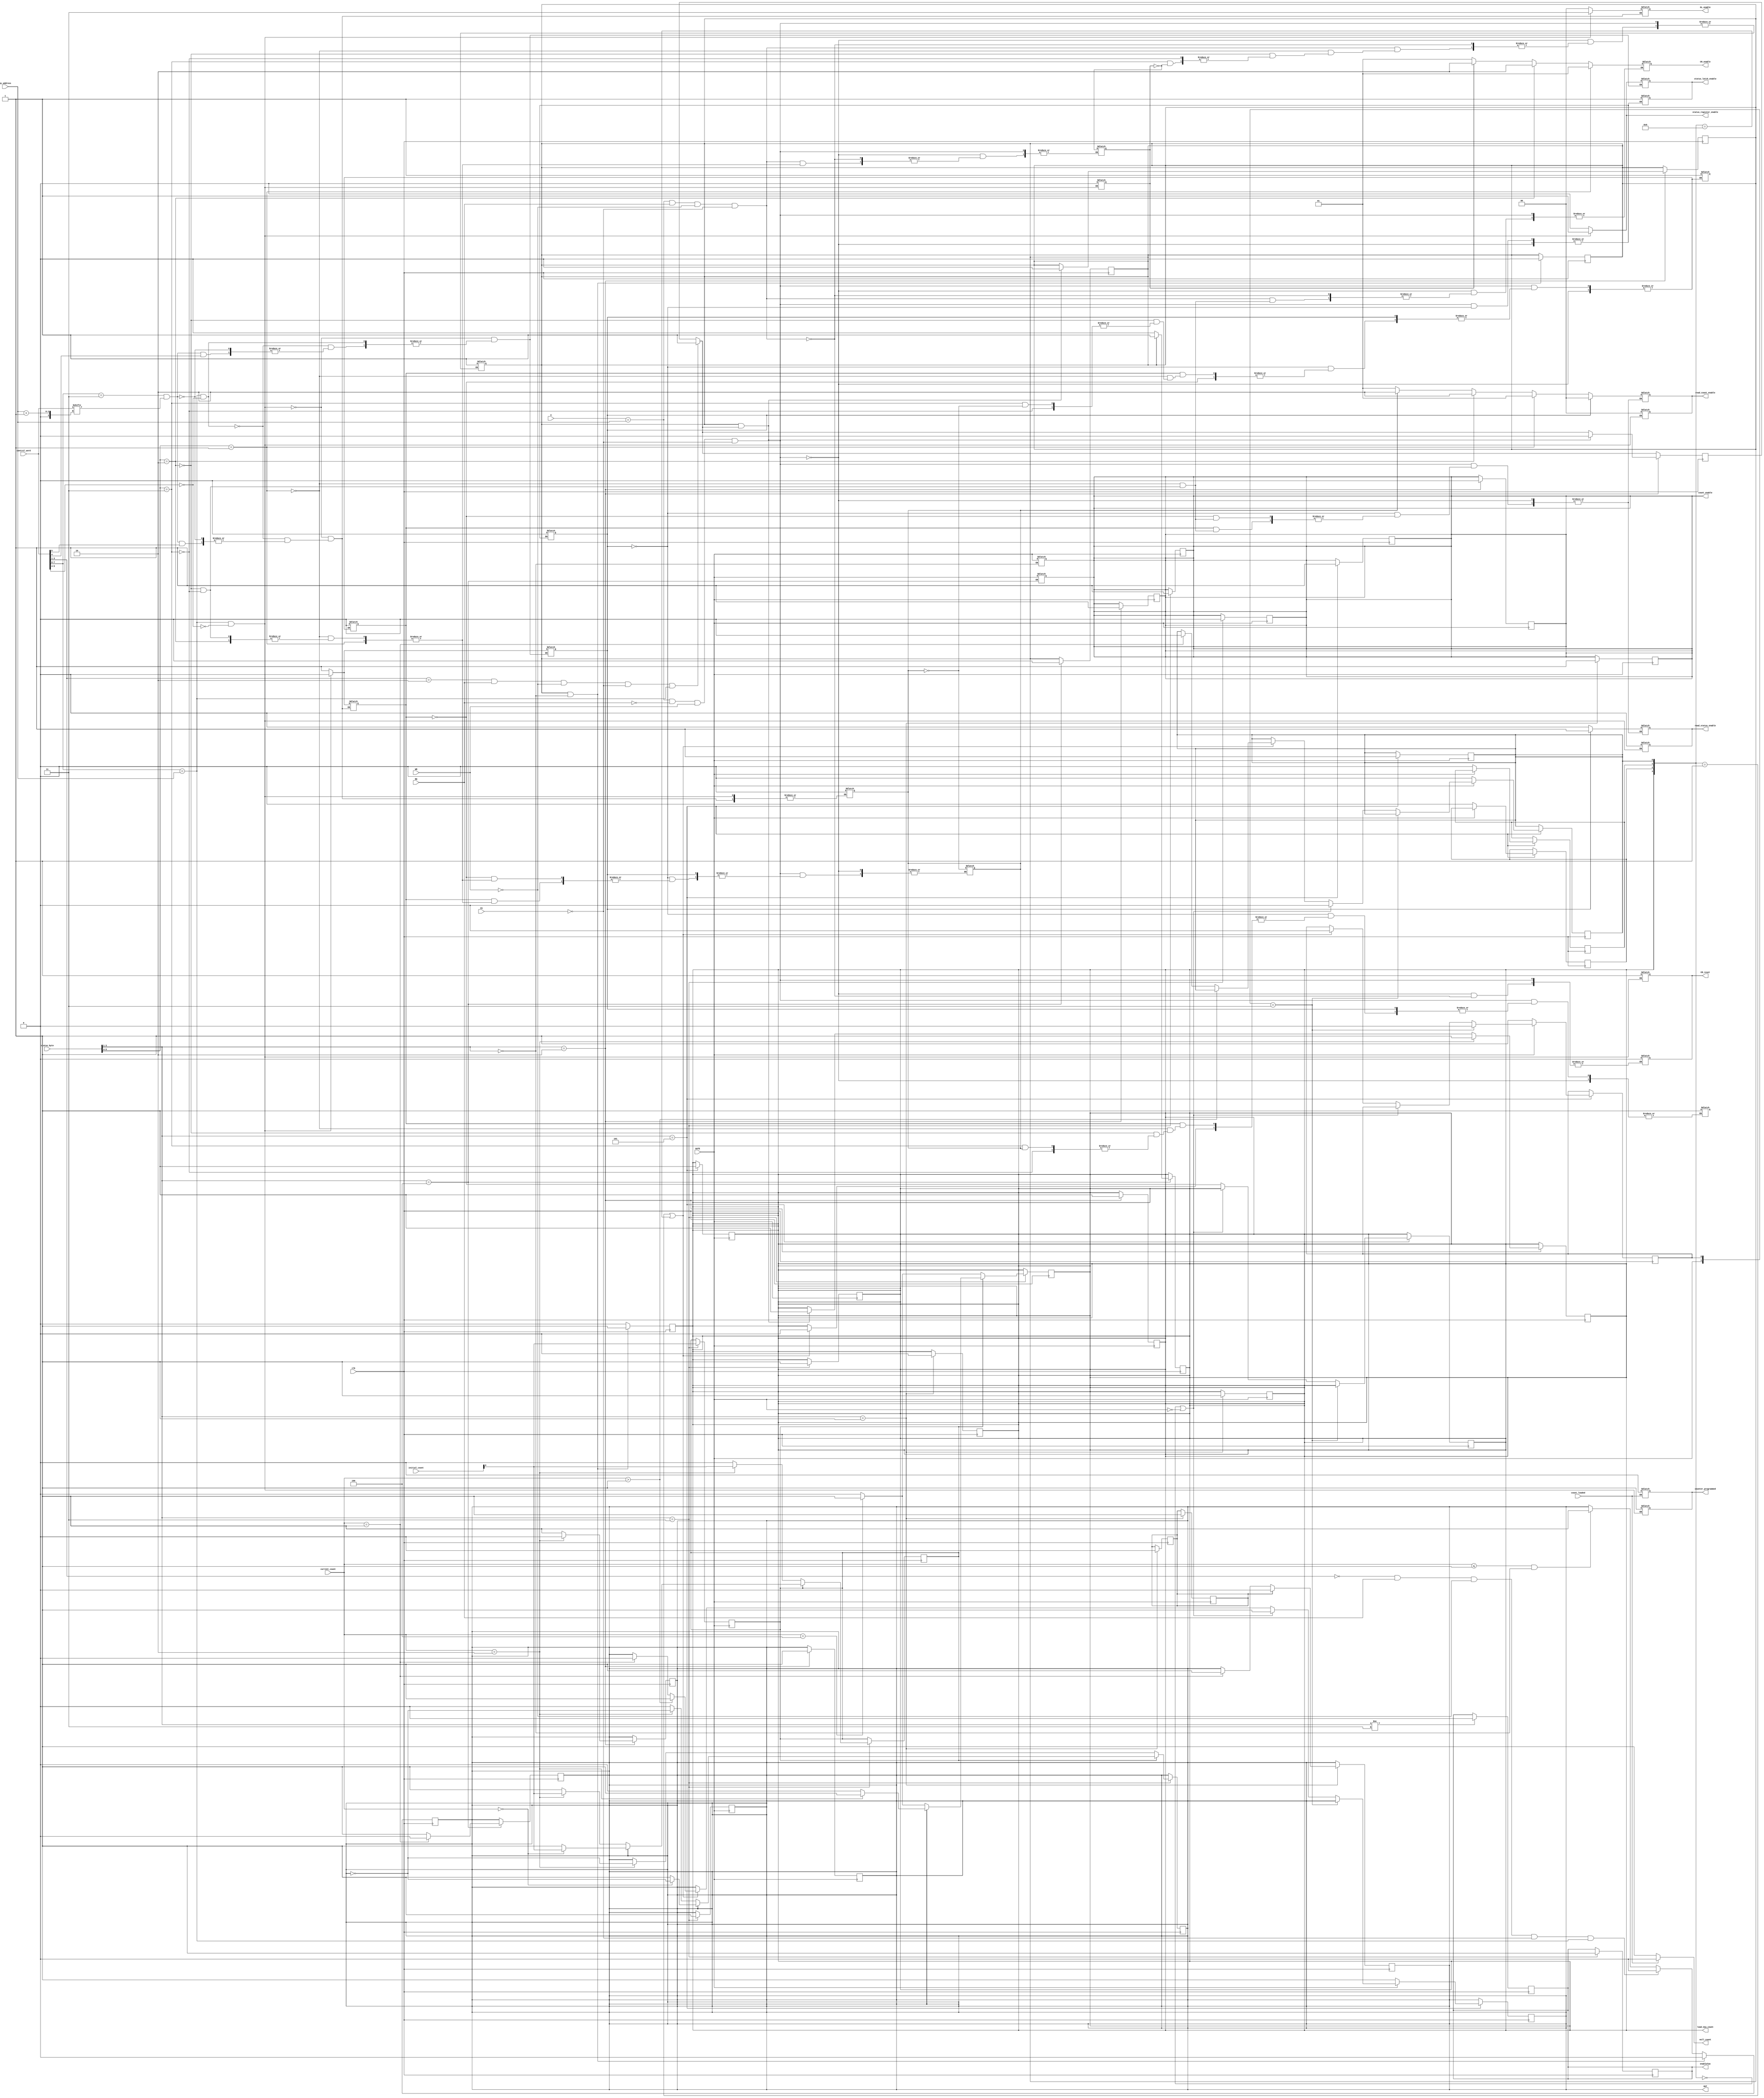
module ControlLogic(control_word,status_byte,clk,GATE,OUT,null_count,load_new_count,count_loaded,counter_programmed,
  CR_enable,OL_enable,status_register_enable,status_latch_enable,count_enable,CR_reset,
  A,WR,RD,CS,my_address,read_count_enable,read_status_enable,
  initial_count,current_count,enableTwo);
  
  input [7:0] control_word,status_byte;
  input clk,GATE;
  output OUT,null_count,load_new_count,counter_programmed;
  input count_loaded;
  output [1:0] CR_enable,OL_enable;
  output status_register_enable,status_latch_enable,count_enable,CR_reset;
  input [1:0] A,my_address;
  input WR,RD,CS;
  output [1:0] read_count_enable;
  output read_status_enable;
  
  input [15:0] initial_count;
  input [15:0] current_count;
  output enableTwo;
  
  reg [1:0] CR_enable,OL_enable;
  reg MSB_write,MSB_read;
  reg counter_latched,status_latched;
  reg [1:0] read_count_enable;
  reg read_status_enable;
  reg CR_reset,status_latch_enable;
  reg counter_programmed;
  reg load_new_count,OUT;
  
  //joe zyadat
	reg count_enable;
	wire [2:0] mode;
	reg enableTwo;
	reg outFlag,startLoading,mode2Init;
	wire [1:0] readType; //01 lsb 10 msb 11 lsb then msb
	reg lastDigit;
	assign readType=status_byte[5:4];
	assign mode=status_byte[3:1];
	
	//mode 0 start
	
	always@(posedge clk)
	begin 
		if(mode!=3) begin 
			enableTwo=0;
		end 
	end 
	
	
	always@(GATE or clk)
	begin 
		if(mode==0) begin 
			count_enable<=GATE;
		end
	end 
	always@(posedge clk)
	begin 
		load_new_count=0;
		if(startLoading && mode==0) begin  //new count is loading while mode is zero -> set out to zero.
			OUT=0;
			startLoading=0;
			load_new_count=1;
	
		end
		else begin
			if(control_word[3:1]==0 && RD==1 && WR==0 && CS==0 && control_word[7:6]==my_address) begin //new mode zero control word loaded -> set out to zero.
					OUT=0;
			end 
			
			else begin 
				if(current_count<=1 && mode==0) begin 
					OUT=1;
				end
			end 
		
		end
		
	end
	
	//mode 0 end.
	
	
	
	//mode 1 start
	always@(posedge GATE)
	begin 
		if(mode==1) begin 
			load_new_count=1;
			outFlag=1;
			count_enable=1;
		end 
	
	end
	
	always@(posedge clk)
	begin
		if(mode==1) begin
			load_new_count=0;
			if(current_count==1) begin 
				OUT=1;
			end 
			if(outFlag) begin 
				OUT=0;
				outFlag=0;
			end
		end
		
	end
	
	//mode 1 end
	
	
	//mode 3 start
	
	always@(posedge clk)
	begin 
		if(mode==3) begin 
			enableTwo=1;
			load_new_count=0;
			if(lastDigit==0) begin 
				if(current_count==4) begin 
					load_new_count=1;
				end
				if(current_count==2) begin 
					OUT=~OUT;
					lastDigit=initial_count[0];
				end
			end 
			else begin 
				if(OUT) begin 
					if(current_count==2) begin 
						load_new_count=1;
					end
					if(current_count==0) begin 
						OUT=~OUT;
						lastDigit=initial_count[0];
					end
				end 
				else begin
					if(current_count==4) begin 
						load_new_count=1;
					end
					if(current_count==2) begin 
						OUT=~OUT;
						lastDigit=initial_count[0];
					end
				
				end
				
			end
		end
	end 
	
	always@(negedge GATE)
	begin
		if(mode==3) begin 
			OUT=1;
			count_enable=0;
		end
	end
	
	always@(posedge GATE)
	begin 
		if(mode==3) begin 
			load_new_count=1;
			lastDigit=initial_count[0];
			count_enable=1;
		end
	end
	
	
	//mode 3 end
	
	
	//mode 4 start
	
	always@(GATE or clk)
	begin 
		if(mode==4) begin 
			count_enable<=GATE;
		end
	end 
	
	always@(posedge clk)
	begin 
		if(mode==4) begin 
			load_new_count=0;
			OUT=1;
			if(startLoading) begin  //new count is loading while mode is 4 
				startLoading=0;
				load_new_count=1;
			end
			if(current_count==1) begin 
					OUT=0;
			end
				
		end 
	end 
	//mode 4 end
	
	//mode 2 start
	
	
	always@(negedge GATE)
	begin
		if(mode==2) begin 
			OUT=1;
			count_enable=0;
		end
	end
	
	always@(posedge GATE)
	begin 
		if(mode==2) begin 
			load_new_count=1;
			count_enable=1;
		end
	end
	
	always@(posedge clk)
	begin
		
		if(control_word[3:1]==2 && RD==1 && WR==0 && CS==0 && control_word[7:6]==my_address) begin 
			mode2Init=1;
		end
	
		if(mode==2) begin
			OUT=1;
			if(startLoading && mode2Init) begin //initalizing count
				mode2Init=0;
				startLoading=0;
				load_new_count=1;
			end
			if(current_count==2) begin 
				load_new_count=1;
				OUT=0;
			
			end
		
		
		end
		
	
	end
	
	//mode 2 end
	
	//joe zyadat
	
	
	
	
	
	//hagt megz
	reg init_done;
	reg strobe_effect;
	reg check_state;
	reg [4:0]tester;
	reg mode_5_zero_flag;
	reg mode_3_zero_flag;
	reg mode_3_odd_flag;
	reg mode_3_high_flag;
	reg mode_3_low_flag;
	reg  mode_3_init_done;
	reg [15:0] mode_3_init_temp;
	reg strobe, is_loaded;
	
	initial
	begin
	strobe<=0;
	is_loaded<=0;
	OUT<=1;
	init_done<=0;
	load_new_count<=0;
	mode_5_zero_flag<=0;
	mode_3_init_done<=0;
	if (control_word[1:0]==2'b11) //mode 3
	begin
	if (initial_count[0]==1'b1)
	begin
	//mode_3_init_temp<=initial_count-1;
	
	mode_3_odd_flag<=1;
	end
	else if (initial_count[0]==1'b0)
	begin
	mode_3_init_temp<=initial_count;
	mode_3_odd_flag<=0;
	end
	end
	end
  
  
  //mode 5
  always @(posedge GATE)
  begin
	if(mode==5) begin 
		load_new_count=1;
		init_done=1;
	end
  end
  
  
  
  always @(posedge clk) 
begin
if (mode==3'b101)
begin
count_enable<=1;
if ({GATE,mode_5_zero_flag}==2'b11)
begin
//current_count<=initial_count;
mode_5_zero_flag<=0;
end
else if ({load_new_count,is_loaded,strobe,init_done}==4'b0000||GATE==1'b0)
begin
OUT<=1;
init_done<=0;
end
/*else if ({load_new_count,is_loaded,strobe,init_done}==4'b1000)
begin
current_count<=initial_count; //to be removed after getting it from counting element
OUT<=1;
load_new_count<=1'b0;
init_done<=1;
end*/
else if ({load_new_count,is_loaded,strobe,init_done}==4'b0001 ||{load_new_count,is_loaded,strobe,init_done}==4'b1001)
begin
if (GATE==1'b1)
mode_5_zero_flag<=0;
load_new_count<=1'b0;
begin
if (current_count>1)
begin
//current_count<=current_count-1; // //to be removed after getting it from counting element
OUT<=1;
end
else if (current_count==1)
begin
//current_count<=current_count-1;
OUT<=0;
//strobe<=1; 
init_done<=0;
//set counter to FFFF incase of binary or 9999 incase of BCD
end
end
end
/*else if ({load_new_count,is_loaded,strobe,init_done}==4'b0010)
begin
OUT<=0;
//strobe <=1'b0;
init_done<=1'b0;
//set counter to FFFF incase of binary or 9999 incase of BCD
end*/
if (GATE==1'b0)
begin
strobe<=0;
 is_loaded<=0;
 OUT<=1;
init_done<=0;
mode_5_zero_flag<=1;
//current_count<=current_count;
end
end
end
	
	
	
	//megz end 
	
	//farid begin
  
  assign status_register_enable = (control_word[7:6]==my_address & ~(control_word[5:4]==2'b00))? 1 : 0;
  assign null_count = (count_loaded==0)? 1 : 0;
  
  always @(count_loaded)
  if(count_loaded==0)
    counter_programmed <= 0;
  
  always @(control_word)
  begin
    if(control_word[7:6]==my_address & ~(control_word[5:4]==2'b00)) //counter programmed
    begin
      CR_reset <= 1;
      MSB_write <= 0;
      OL_enable <= 2'b11;
      status_latch_enable <= 1;
      counter_latched <= 0;
      status_latched <= 0;
      read_count_enable <= 2'b00;
      read_status_enable <= 0;
      counter_programmed <= 1;
    end
    else if(control_word[7:6]==my_address & control_word[5:4]==2'b00) //counter latch command
    begin
      OL_enable <= 2'b00;
      counter_latched <= 1;
      MSB_read <= 0;
    end
    else if(control_word[7:6]==2'b11 & control_word[my_address+1]==1) //read-back command
    begin
      if(control_word[5]==0)  //latch count
      begin
        OL_enable <= 2'b00;
        counter_latched <= 1;
        MSB_read <= 0;
      end
      if(control_word[4]==0)  //latch status
      begin
        status_latch_enable <= 0;
        status_latched <= 1;
      end
    end
  end
  
  always @(A,WR,RD,CS)
  begin
    if(A==my_address & RD==0 & WR==1 & CS==0) //read operation
    begin
      if(status_latched)  //read latched status
      begin
        read_count_enable <= 2'b00;
        read_status_enable <= 1;
        status_latch_enable <= 1;
        status_latched <= 0;
      end
      else if(counter_latched)  //read latched counter
      begin
        if(status_byte[5:4]==2'b01)
        begin
          read_count_enable <= 2'b01;
          read_status_enable <= 0;
          OL_enable <= 2'b11;
          counter_latched <= 0;
        end
        else if(status_byte[5:4]==2'b10)
        begin
          read_count_enable <= 2'b10;
          read_status_enable <= 0;
          OL_enable <= 2'b11;
          counter_latched <= 0;
        end
        else if(status_byte[5:4]==2'b11)
        begin
          if(MSB_read)
          begin
            read_count_enable <= 2'b10;
            read_status_enable <= 0;
            OL_enable[1] <= 1;
            counter_latched <= 0;
          end
          else
          begin
            read_count_enable <= 2'b01;
            read_status_enable <= 0;
            OL_enable[0] <= 1;
          end
          MSB_read <= ~MSB_read;
        end
      end
      else  //simple read
      begin
        if(status_byte[5:4]==2'b01)
        begin
          read_count_enable <= 2'b01;
          read_status_enable <= 0;
        end
        else if(status_byte[5:4]==2'b10)
        begin
          read_count_enable <= 2'b10;
          read_status_enable <= 0;
        end
        else if(status_byte[5:4]==2'b11)
        begin
          if(MSB_read)
          begin
            read_count_enable <= 2'b10;
            read_status_enable <= 0;
          end
          else
          begin
            read_count_enable <= 2'b01;
            read_status_enable <= 0;
          end
          MSB_read <= ~MSB_read;
        end
      end
    end
    else if(A==my_address & RD==1 & WR==0 & CS==0) //write operation
    begin
      CR_reset <= 0;
      if(status_byte[5:4]==2'b01)
	  begin
	    startLoading <= 1;
        CR_enable <= 2'b01;
	  end
      else if(status_byte[5:4]==2'b10)
	  begin
	    startLoading <= 1;
        CR_enable <= 2'b10;
	  end
      else if(status_byte[5:4]==2'b11)
      begin
        if(MSB_write)
		begin
	      startLoading <= 1;
          CR_enable <= 2'b10;
		end
        else
          CR_enable <= 2'b01;
        MSB_write <= ~MSB_write;
      end
    end
  end
  
  //farid end
  
endmodule